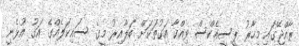
ރާއްޖޭގައި މިހާރު ޕީސީއެކްސް ވިއްކާ އަގުތަކަށް ބަލާއިރު މީގެ ސައިކަލެއްގެ އަގު އުޅެނީ